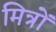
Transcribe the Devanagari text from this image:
मित्रों